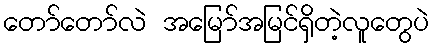
တော်တော်လဲ အမြော်အမြင်ရှိတဲ့လူတွေပဲ